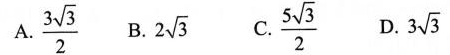
A. \frac{3\sqrt{3}} {2} B. 2\sqrt{3} C. \frac{5\sqrt{3}} {2} D. 3\sqrt{3}